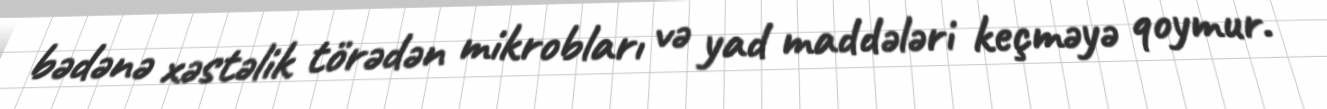
bədənə xəstəlik törədən mikrobları və yad maddələri keçməyə qoymur.